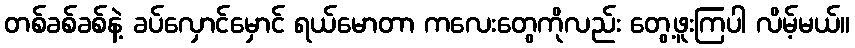
တစ်ခစ်ခစ်နဲ့ ခပ်လှောင်မှောင် ရယ်မောတာ ကလေးတွေကိုလည်း တွေ့ဖူးကြပါ လိမ့်မယ်။